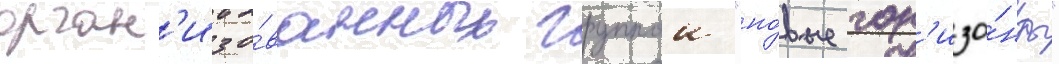
орган'изо́ванных группои "но́вые гор'изо́нты"